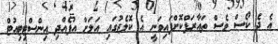
އެ ދެ ކޯސް ވެސް ތައާރަފްކޮށްފައިވަނީ އެ ކޮލެޖުގައި އަލަށް އުފެއްދި އިންސްޓިޓިއުޓް